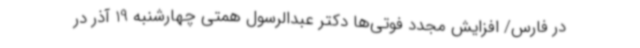
در فارس/ افزایش مجدد فوتی‌ها دکتر عبدالرسول همتی چهارشنبه 19 آذر در